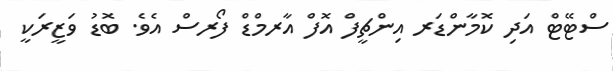
ސްޓޭޓް އަދި ކޮމާންޑަރ އިންޗީފް އޮފް އާރމްޑް ފޯރސް އެވެ. ބޮޑު ވަޒީރަކީ